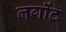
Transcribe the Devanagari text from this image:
लगोंट